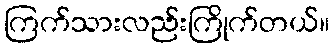
ကြက်သားလည်းကြိုက်တယ်။